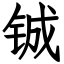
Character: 铖